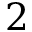
2